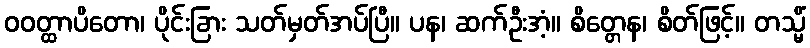
ဝဝတ္ထာပိတော၊ ပိုင်းခြား သတ်မှတ်အပ်ပြီ။ ပန၊ ဆက်ဦးအံ့။ စိတ္တေန၊ စိတ်ဖြင့်။ တသ္မိံ